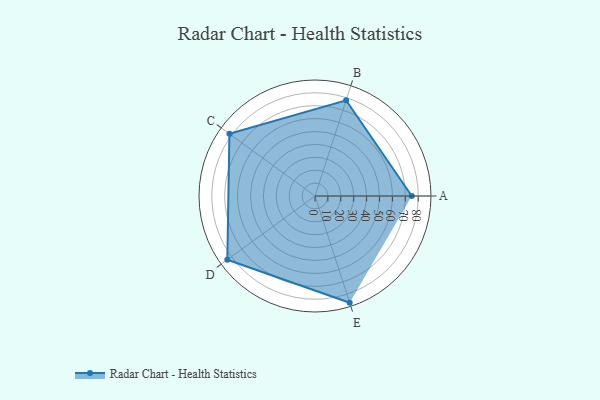
{"axis": {"x": "Skill", "y": "Score"}, "legend": ["Profile"], "data": [{"x": "A", "y": 75.0, "type": "Profile"}, {"x": "B", "y": 78.0, "type": "Profile"}, {"x": "C", "y": 82.0, "type": "Profile"}, {"x": "D", "y": 84.0, "type": "Profile"}, {"x": "E", "y": 87.0, "type": "Profile"}]}